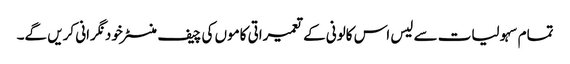
تمام سہولیات سے لیس اس کالونی کے تعمیراتی کاموں کی چیف منسٹر خود نگرانی کریں گے۔